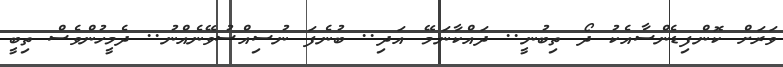
ވަރަށް ކޮންފިޑެންސާއެކު ދޯ ތިބުނީ.. ދައްކާނަމޭ އަދި.. ބުނެފަ ނުސިއްސުވޭނެއްނު.. ދެމީހުންވެސް ތިބީ